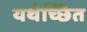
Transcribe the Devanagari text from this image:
यथेच्छित